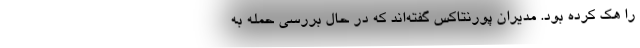
را هک کرده بود. مدیران پورنتاکس گفته‌اند که در حال بررسی حمله به